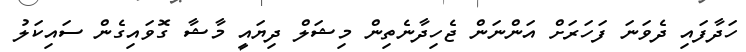
ހަދާފައި ދެވަނަ ފަހަރަށް އަންނަން ޖެހިދާނެތިން މިޝަލް ދިޔައީ މާޝާ ގޮވައިގެން ސައިކަލު